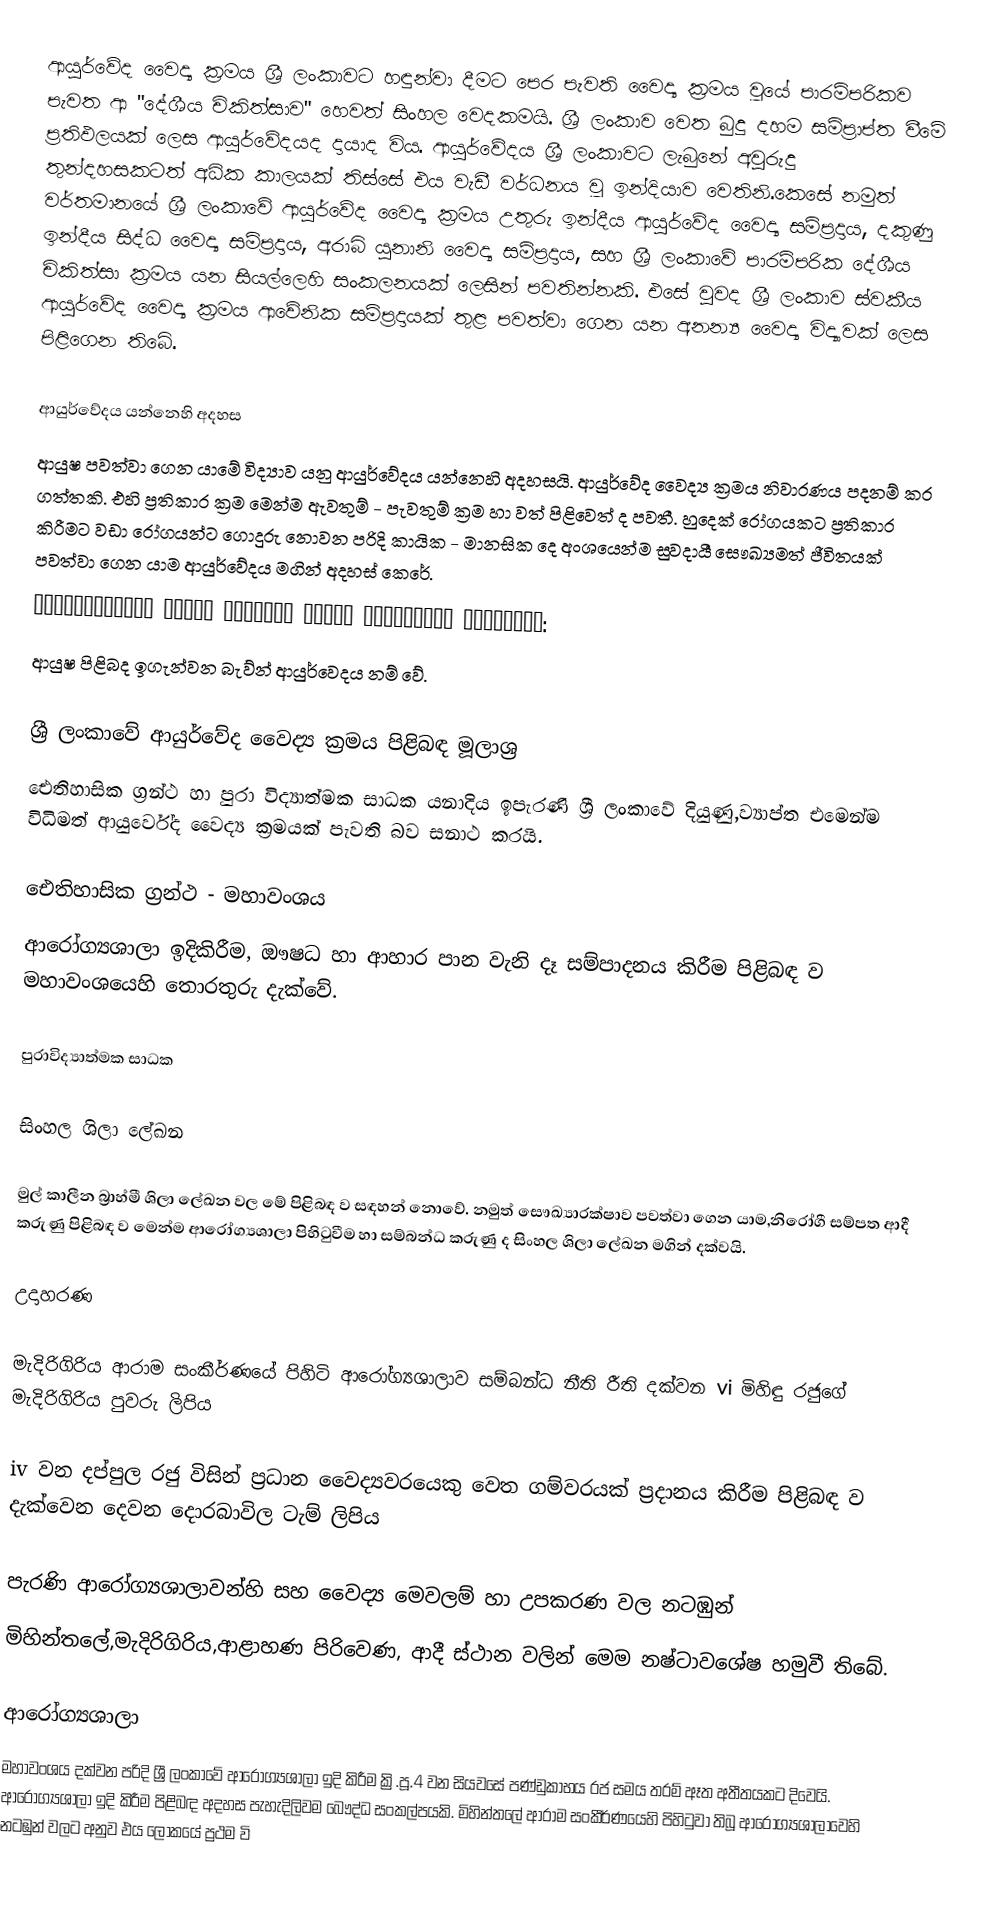
ආයුර්වේද වෛද්‍ය ක්‍රමය ශ්‍රී ලංකාවට හඳුන්වා දීමට පෙර පැවති වෛද්‍ය ක්‍රමය වූයේ පාරම්පරිකව පැවත ආ "දේශීය චිකිත්සාව" හෙවත් සිංහල වෙදකමයි. ශ්‍රී ලංකාව වෙත බුදු දහම සම්ප්‍රාප්ත වීමේ ප්‍රතිඵලයක් ලෙස ආයුර්වේදයද දායාද විය. ආයුර්වේදය  ශ්‍රී ලංකාවට ලැබුනේ අවුරුදු තුන්දහසකටත් අධික කාලයක් තිස්සේ එය වැඩී වර්ධනය වූ ඉන්දියාව වෙතිනි.කෙසේ නමුත් වර්තමානයේ ශ්‍රී ලංකාවේ ආයුර්වේද වෛද්‍ය ක්‍රමය උතුරු ඉන්දීය ආයුර්වේද වෛද්‍ය සම්ප්‍රදාය, දකුණු ඉන්දීය සිද්ධ වෛද්‍ය සම්ප්‍රදාය, අරාබි යුනානි  වෛද්‍ය සම්ප්‍රදාය, සහ ශ්‍රී ලංකාවේ  පාරම්පරික දේශීය චිකිත්සා ක්‍රමය යන සියල්ලෙහි සංකලනයක් ලෙසින් පවතින්නකි. එසේ වුවද ශ්‍රී ලංකාව ස්වකීය ආයුර්වේද වෛද්‍ය ක්‍රමය ආවේනික සම්ප්‍රදායක් තුළ පවත්වා ගෙන යන අනන්‍ය වෛද්‍ය විද්‍යාවක් ලෙස පිළිගෙන තිබේ.

ආයුර්වේදය යන්නෙහි අදහස
ආයුෂ පවත්වා ගෙන යාමේ විද්‍යාව යනු ආයුර්වේදය යන්නෙහි අදහසයි. ආයුර්වේද වෛද්‍ය ක්‍රමය නිවාරණය පදනම් කර ගත්තකි. එහි ප්‍රතිකාර ක්‍රම මෙන්ම ඇවතුම් - පැවතුම් ක්‍රම හා වත් පිළිවෙත් ද පවතී. හුදෙක් රෝගයකට ප්‍රතිකාර කිරීමට වඩා රෝගයන්ට ගොදුරු නොවන පරිදි කායික - මානසික දෙ අංශයෙන්ම සුවදායී සෞඛ්‍යමත් ජීවිතයක් පවත්වා ගෙන යාම ආයුර්වේදය මගින් අදහස් කෙරේ.
आयु़्रश्मिन्  विद्य  तेनेनवा  आयुर्  विन्दतिति  आयुर्वेद:
ආයුෂ පිළිබද ඉගැන්වන බැව්න් ආයුර්වෙදය නම් වේ.

ශ්‍රී ලංකාවේ ආයුර්වේද වෛද්‍ය ක්‍රමය පිළිබඳ මූලාශ්‍ර
ඓතිහාසික ග්‍රන්ථ හා පුරා විද්‍යාත්මක සාධක යනාදිය ඉපැරණි ශ්‍රී ලංකාවේ දියුණු,ව්‍යාප්ත එමෙන්ම විධිමත් ආයුර්වේද වෛද්‍ය ක්‍රමයක් පැවති බව සනාථ කරයි.

ඓතිහාසික ග්‍රන්ථ - මහාවංශය
ආරෝග්‍යශාලා ඉදිකිරීම, ඖෂධ හා ආහාර පාන වැනි දෑ සම්පාදනය කිරීම පිළිබඳ ව මහාවංශයෙහි තොරතුරු දැක්වේ.

පුරාවිද්‍යාත්මක සාධක

සිංහල ශිලා ලේඛන

මුල් කාලීන බ්‍රාහ්මී ශිලා ලේඛන වල මේ පිළිබඳ ව සඳහන් නොවේ. නමුත් සෞඛ්‍යාරක්ෂාව පවත්වා ගෙන යාම,නිරෝගී සම්පත ආදී කරුණු පිළිබඳ ව මෙන්ම ආරෝග්‍යශාලා පිහිටුවීම හා සම්බන්ධ කරුණු ද සිංහල ශිලා ලේඛන මගින් දක්වයි.

උදාහරණ

මැදිරිගිරිය ආරාම සංකීර්ණයේ පිහිටි ආරෝග්‍යශාලාව සම්බන්ධ නීති රීති දක්වන vi මිහිඳු රජුගේ මැදිරිගිරිය පුවරු ලිපිය

iv වන දප්පුල රජු විසින් ප්‍රධාන වෛද්‍යවරයෙකු වෙත ගම්වරයක් ප්‍රදානය කිරීම පිළිබඳ ව දැක්වෙන දෙවන දොරබාවිල ටැම් ලිපිය

පැරණි ආරෝග්‍යශාලාවන්හි සහ වෛද්‍ය මෙවලම් හා උපකරණ වල නටඹුන්
මිහින්තලේ,මැදිරිගිරිය,ආළාහණ පිරිවෙණ, ආදී ස්ථාන වලින් මෙම නෂ්ටාවශේෂ හමුවී තිබේ.

ආරෝග්‍යශාලා
මහාවංශය දක්වන පරිදි ශ්‍රී ලංකාවේ ආරෝග්‍යශාලා ඉදි කිරීම ක්‍රි.පූ.4 වන සියවසේ පණ්ඩුකාභය රජ සමය තරම් ඈත අතීතයකට දිවෙයි. ආරෝග්‍යශාලා ඉදි කිරීම පිළිබඳ අදහස පැහැදිලිවම බෞද්ධ සංකල්පයකි. මිහින්තලේ ආරාම සංකීර්ණයෙහි පිහිටුවා තිබූ ආරෝග්‍යශාලාවෙහි නටඹුන් වලට අනුව එය ලෝකයේ ප්‍රථම වි